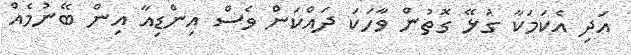
އަދި އެކަމަކާ ގުޅޭ ގޮތުން ވާހަކަ ދައްކަން ވެސް އިންޑިއާ އިން ބޭނުމެއް